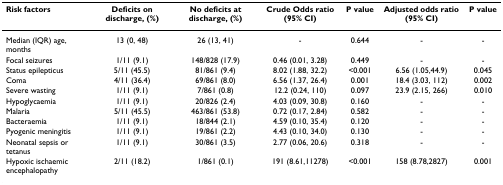
<table><thead><tr><td><b>Risk factors</b></td><td><b>Deficits on discharge, (%)</b></td><td><b>No deficits at discharge, (%)</b></td><td><b>Crude Odds ratio (95% CI)</b></td><td><b>P value</b></td><td><b>Adjusted odds ratio (95% CI)</b></td><td><b>P value</b></td></tr></thead><tbody><tr><td>Median (IQR) age, months</td><td>13 (0, 48)</td><td>26 (13, 41)</td><td>-</td><td>0.644</td><td>-</td><td>-</td></tr><tr><td>Focal seizures</td><td>1/11 (9.1)</td><td>148/828 (17.9)</td><td>0.46 (0.01, 3.28)</td><td>0.449</td><td>-</td><td>-</td></tr><tr><td>Status epilepticus</td><td>5/11 (45.5)</td><td>81/861 (9.4)</td><td>8.02 (1.88, 32.2)</td><td>&lt;0.001</td><td>6.56 (1.05,44.9)</td><td>0.045</td></tr><tr><td>Coma</td><td>4/11 (36.4)</td><td>69/861 (8.0)</td><td>6.56 (1.37, 26.4)</td><td>0.001</td><td>18.4 (3.03, 112)</td><td>0.002</td></tr><tr><td>Severe wasting</td><td>1/11 (9.1)</td><td>7/861 (0.8)</td><td>12.2 (0.24, 110)</td><td>0.097</td><td>23.9 (2.15, 266)</td><td>0.010</td></tr><tr><td>Hypoglycaemia</td><td>1/11 (9.1)</td><td>20/826 (2.4)</td><td>4.03 (0.09, 30.8)</td><td>0.160</td><td>-</td><td>-</td></tr><tr><td>Malaria</td><td>5/11 (45.5)</td><td>463/861 (53.8)</td><td>0.72 (0.17, 2.84)</td><td>0.582</td><td>-</td><td>-</td></tr><tr><td>Bacteraemia</td><td>1/11 (9.1)</td><td>18/844 (2.1)</td><td>4.59 (0.10, 35.4)</td><td>0.120</td><td>-</td><td>-</td></tr><tr><td>Pyogenic meningitis</td><td>1/11 (9.1)</td><td>19/861 (2.2)</td><td>4.43 (0.10, 34.0)</td><td>0.130</td><td>-</td><td>-</td></tr><tr><td>Neonatal sepsis or tetanus</td><td>1/11 (9.1)</td><td>30/861 (3.5)</td><td>2.77 (0.06, 20.6)</td><td>0.318</td><td>-</td><td>-</td></tr><tr><td>Hypoxic ischaemic encephalopathy</td><td>2/11 (18.2)</td><td>1/861 (0.1)</td><td>191 (8.61,11278)</td><td>&lt;0.001</td><td>158 (8.78,2827)</td><td>0.001</td></tr></tbody></table>